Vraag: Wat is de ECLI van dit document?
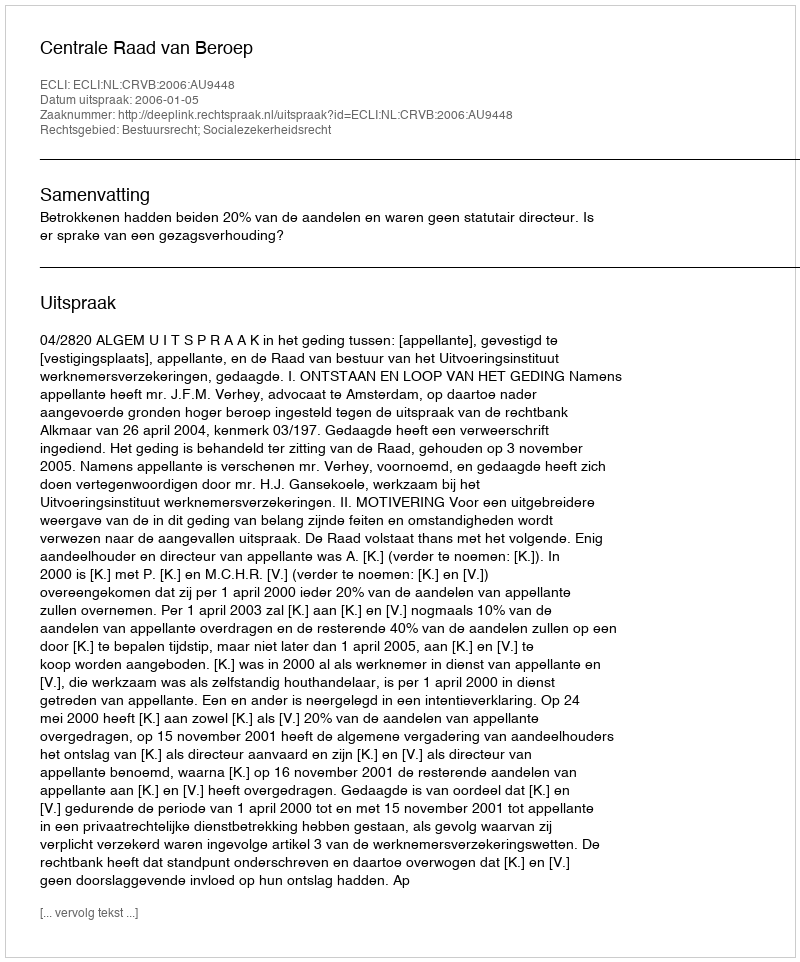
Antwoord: ECLI:NL:CRVB:2006:AU9448